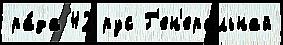
ра́да 42 рус Г'ен'еральнай